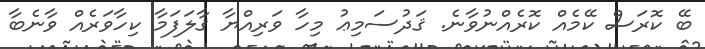
ބޭ ކޮރަސް ކޭމެއް ކޮރެއްނުވާނެ. ޤަދުސަމިޢު މިހާ ވަރިއްޔާ ޤާލަފަމާ ކިހާވަރެއް ވާނެބާ